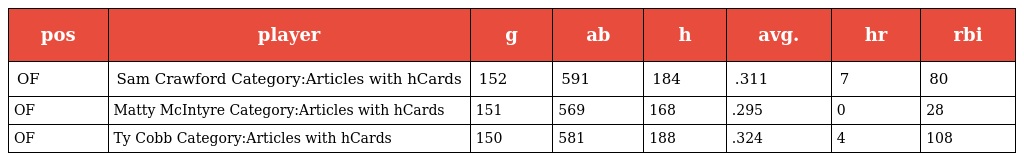
| pos | player | g | ab | h | avg. | hr | rbi |
 | --- | --- | --- | --- | --- | --- | --- | --- |
 | OF | Sam Crawford Category:Articles with hCards | 152 | 591 | 184 | .311 | 7 | 80 |
 | OF | Matty McIntyre Category:Articles with hCards | 151 | 569 | 168 | .295 | 0 | 28 |
 | OF | Ty Cobb Category:Articles with hCards | 150 | 581 | 188 | .324 | 4 | 108 |